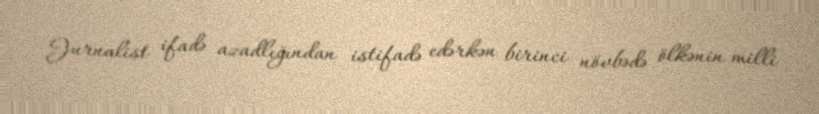
Jurnalist ifadə azadlığından istifadə edərkən birinci növbədə ölkənin milli